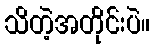
သိတဲ့အတိုင်းပဲ။